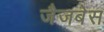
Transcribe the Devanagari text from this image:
जैजबेस